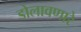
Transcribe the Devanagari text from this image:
डोलावणारे